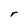
Character: r